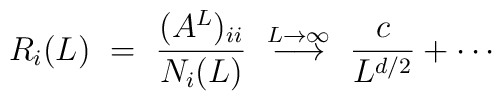
R_i(L) ~=~ \frac{(A^L)_{ii}}{N_i(L)} ~         \stackrel{L\rightarrow \infty}{\longrightarrow} ~        \frac{c}{L^{d/2}} + \cdots